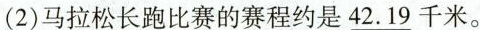
（2）马拉松长跑比赛的赛程约是\underline{42.19}千米。